Annual report on the working of the lock hospitals in the North-Western Provinces and Oudh
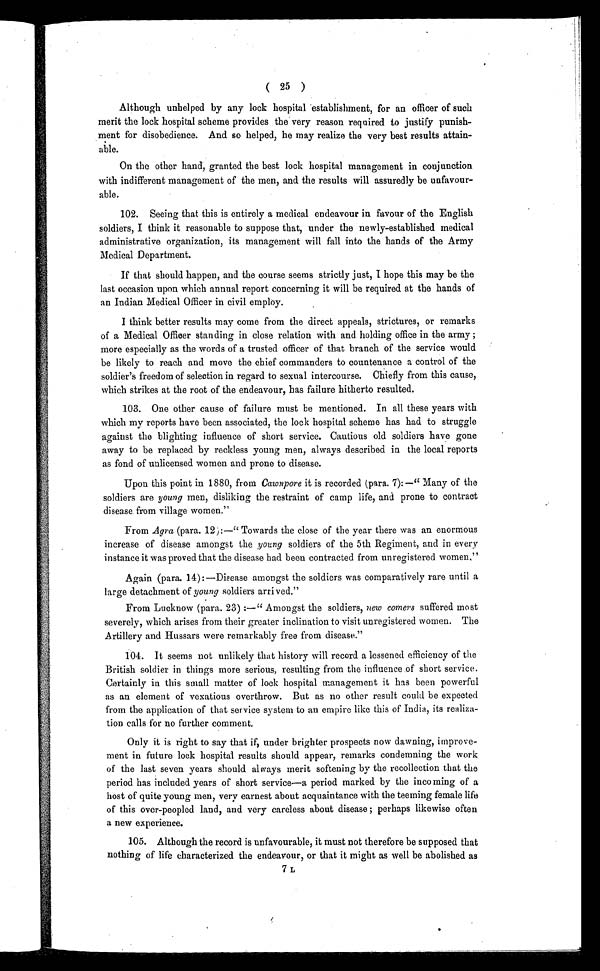
( 25 )
Although unhelped by any lock hospital establishment, for an officer of such
merit the lock hospital scheme provides the very reason required to justify punish-
ment for disobedience. And so helped, he may realize the very best results attain-
able.
On the other hand, granted the best lock hospital management in conjunction
with indifferent management of the men, and the results will assuredly be unfavour
-
able.
102. Seeing that this is entirely a medical endeavour in favour of the English
soldiers, I think it reasonable to suppose that, under the newly-established medical
administrative organization, its management will fall into the hands of the Army
Medical Department.
If that should happen, and the course seems strictly just, I hope this may be the
last occasion upon which annual report concerning it will be required at the hands of
an Indian Medical Officer in civil employ.
I think better results may come from the direct appeals, strictures, or remarks
of a Medical Officer standing in close relation with and holding office in the army ;
more especially as the words of a trusted officer of that branch of the service would
be likely to reach and move the chief commanders to countenance a control of the
soldier's freedom of selection in regard to sexual intercourse. Chiefly from this cause,
which strikes at the root of the endeavour, has failure hitherto resulted.
103. One other cause of failure must be mentioned. In all these years with
which my reports have been associated, the lock hospital scheme has had to struggle
against the blighting influence of short service. Cautious old soldiers have gone
away to be replaced by reckless young men, always described in the local reports
as fond of unlicensed women and prone to disease.
Upon this point in 1880, from Cawnpore it is recorded (para. 7): —" Many of the
soldiers are young men, disliking the restraint of camp life, and prone to contract
disease from village women."
From Agra (para. 12):—" Towards the close of the year there was an enormous
increase of disease amongst the young soldiers of the 5th Regiment, and in every
instance it was proved that the disease had been contracted from unregistered women."
Again (para. 14):—Disease amongst the soldiers was comparatively rare until a
large detachment of young soldiers arrived."
From Lucknow (para. 23) :—" Amongst the soldiers, new comers suffered most
severely, which arises from their greater inclination to visit unregistered women. The
Artillery and Hussars were remarkably free from disease."
104. It seems not unlikely that history will record a lessened efficiency of the
British soldier in things more serious, resulting from the influence .of short service.
Certainly in this small matter of lock hospital management it has been powerful
as an element of vexatious overthrow. But as no other result could be expected
from the application of that service system to an empire like this of India, its realiza-
tion calls for no further comment.
Only it is right to say that if, under brighter prospects now dawning, improve-
ment in future lock hospital results should appear, remarks condemning the work
of the last seven years should always merit softening by the recollection that the
period has included years of short service—a period marked by the incoming of a
host of quite young men, very earnest about acquaintance with the teeming female life
of this over-peopled land, and very careless about disease ; perhaps likewise often
a new experience.
105. Although the record is unfavourable, it must not therefore be supposed that
nothing of life characterized the endeavour, or that it might as well be abolished as
7 L